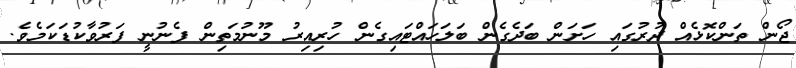
ޖޯން ތަންކޮޅެއް ދުރުގައި ހަށަން ބަދެގެން ބަލަހައްޓައިގެން ހުރިއިރު މޫނުމަތިން ފެނުނީ ފަރުވާކުޑަކަމެވެ.